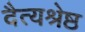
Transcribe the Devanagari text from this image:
दैत्यश्रेष्ठ